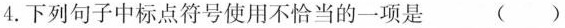
4.下列句子中标点符号使用不恰当的一项是 （）